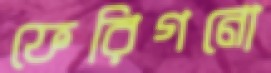
ফেরিগনো